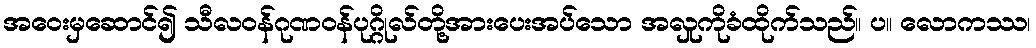
အဝေးမှဆောင်၍ သီလဝန်ဂုဏဝန်ပုဂ္ဂိုလ်တို့အားပေးအပ်သော အလှုကိုခံထိုက်သည်။ ပ။ လောကဿ၊